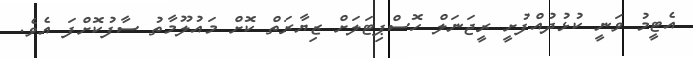
އެޓީމު ވަނީ ކުޅުދުއްފުށީ ރީޖަނަލް ހޮސްޕިޓަލަށް ޒިޔާރަތް ކޮށް މައުލޫމާތު ސާފުކޮށްފަ އެވެ.